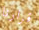
قرارنا